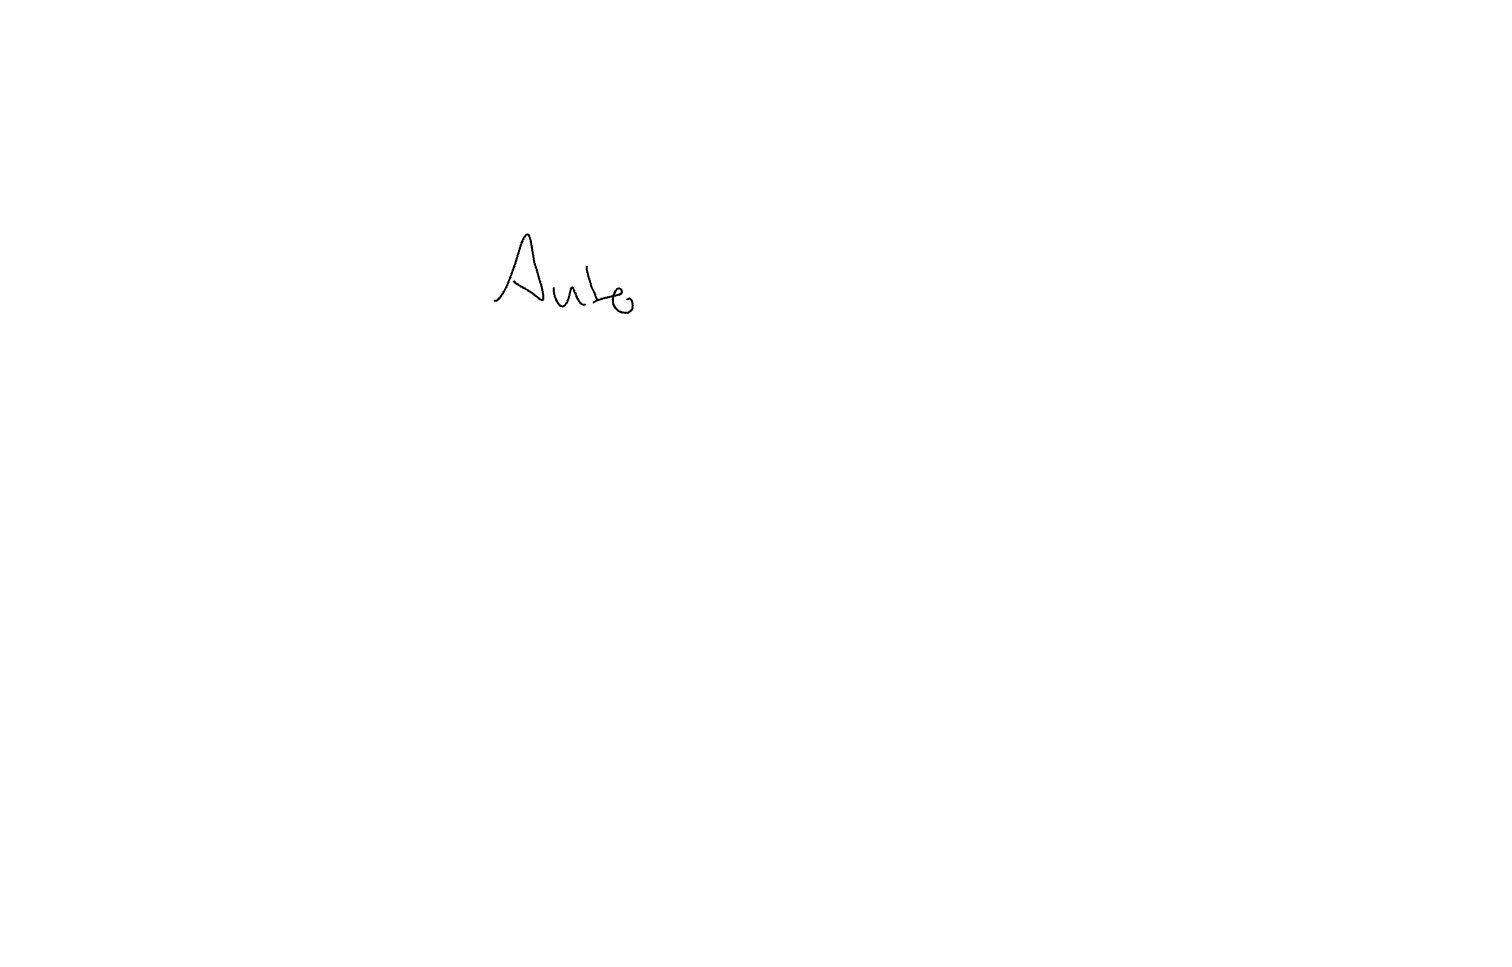
Text: Auto